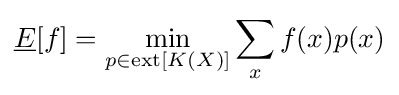
{\underline {E}}[f]=\min _{p\in \mathrm {ext} [K(X)]}\sum _{x}f(x)p(x)